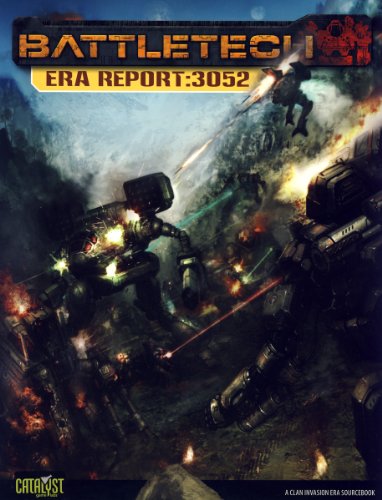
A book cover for Battletech Era Report 3052; Catalyst Game Labs; Science Fiction & Fantasy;